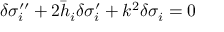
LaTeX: \delta \sigma _ { i } ^ { \prime \prime } + 2 \bar { h } _ { i } \delta \sigma _ { i } ^ { \prime } + k ^ { 2 } \delta \sigma _ { i } = 0